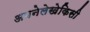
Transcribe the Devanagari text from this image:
अपनेलेखेकिसी